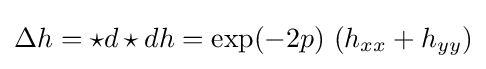
\Delta h=\star d\star dh=\exp(-2p)\,\left(h_{xx}+h_{yy}\right)